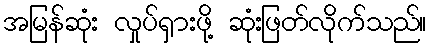
အမြန်ဆုံး လှုပ်ရှားဖို့ ဆုံးဖြတ်လိုက်သည်။